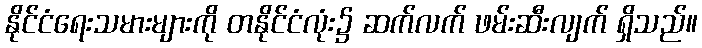
နိုင်ငံရေးသမားများကို တနိုင်ငံလုံး၌ ဆက်လက် ဖမ်းဆီးလျက် ရှိသည်။